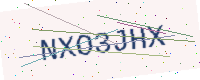
Text: NXO3JHX